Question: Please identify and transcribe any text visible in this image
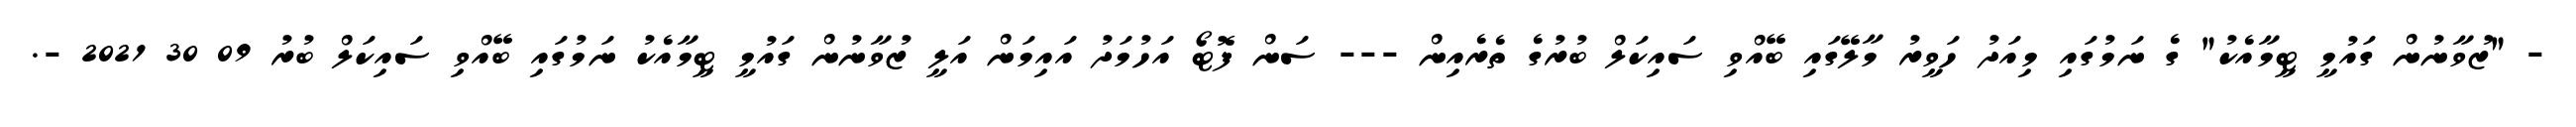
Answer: - "ޒުވާނުން ގައުމީ ޓީމާއެކު" ގެ ނަމުގައި މިއަދު ހަވީރު މާލޭގައި ބޭއްވި ސައިކަލް ބުރުގެ ތެރެއިން --- ސަން ފޮޓޯ އަހުމަދު އައިމަން އަލީ ޒުވާނުން ގައުމީ ޓީމާއެކު ނަމުގައި ބޭއްވި ސައިކަލް ބުރު 09 30 2021 -.